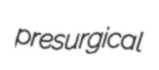
presurgical